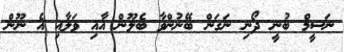
ނަސީމް ބުނީ ދޯނި ނަގަން ބޭނުންވާ ބެލޫން އާއި ވަލާއި އެ ނޫން